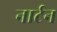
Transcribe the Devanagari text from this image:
नार्टन